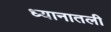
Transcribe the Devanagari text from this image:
ध्यानातली